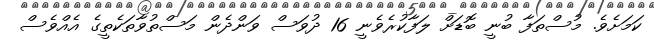
ކަމަށެވެ. މުސްތަފާ ބުނީ ބޮޑަށް ލަފާކުރެވެނީ 16 ދުވަސް ވަންދެން މަސްތުވާތަކެތީގެ އެއްވެސް